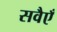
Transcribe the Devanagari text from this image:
सवैएँ